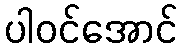
ပါဝင်အောင်